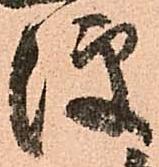
便